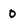
Character: 0